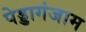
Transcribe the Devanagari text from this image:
पेड्डागंजाम